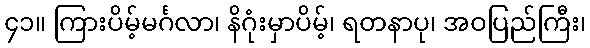
၄၁။ ကြားပိမ့်မင်္ဂလာ၊ နိဂုံးမှာပိမ့်၊ ရတနာပု၊ အဝပြည်ကြီး၊